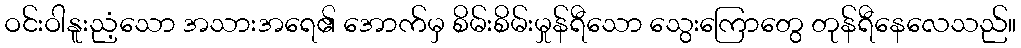
ဝင်းဝါနူးညံ့သော အသားအရေ၏ အောက်မှ စိမ်းစိမ်းမှုန်ရီသော သွေးကြောတွေ တုန်ရီနေလေသည်။